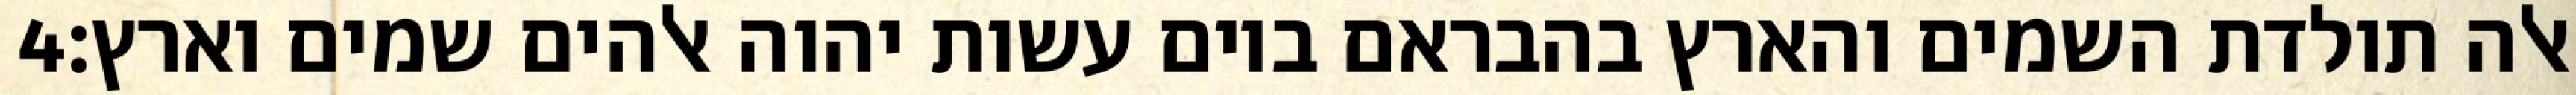
‎4‏ אלה תולדת השמים והארץ בהבראם ביום עשות יהוה אלהים שמים וארץ׃